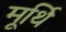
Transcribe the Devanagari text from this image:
मूर्थि